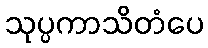
သုပ္ပကာသိတံပေ